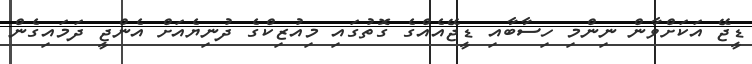
ޑީޖޭ އަކަށްވާން ނިންމި ހިސާބާއި ޑީޖޭއެއްގެ ގޮތުގައި މިއުޒިކްގެ ދުނިޔެއަށް އެންޖީ ދަމައިގެން